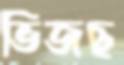
ভিজছ